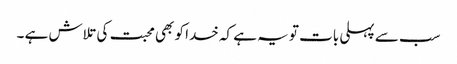
سب سے پہلی بات تو یہ ہے کہ خدا کو بھی محبت کی تلاش ہے ۔